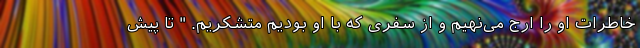
خاطرات او را ارج می‌نهیم و از سفری که با او بودیم متشکریم. " تا پیش